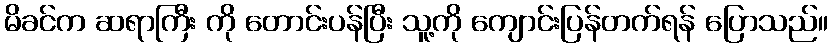
မိခင်က ဆရာကြီး ကို တောင်းပန်ပြီး သူ့ကို ကျောင်းပြန်တက်ရန် ပြောသည်။